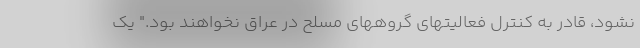
نشود، قادر به كنترل فعالیتهای گروههای مسلح در عراق نخواهند بود." یک